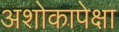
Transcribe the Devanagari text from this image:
अशोकापेक्षा